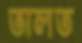
তালত